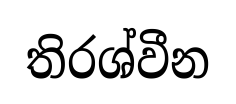
තිරශ්වීන